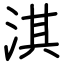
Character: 淇